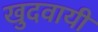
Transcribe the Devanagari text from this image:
खुदवायीं